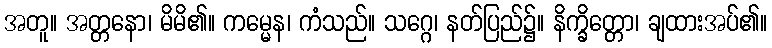
အတူ။ အတ္တနော၊ မိမိ၏။ ကမ္မေန၊ ကံသည်။ သဂ္ဂေ၊ နတ်ပြည်၌။ နိက္ခိတ္တော၊ ချထားအပ်၏။